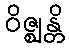
ဝိဇ္ဈန္တိ